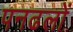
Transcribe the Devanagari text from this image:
पनढलों